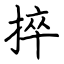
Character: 捽